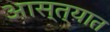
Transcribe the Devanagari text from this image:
आस्त्यात